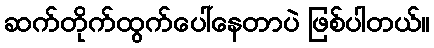
ဆက်တိုက်ထွက်ပေါ်နေတာပဲ ဖြစ်ပါတယ်။